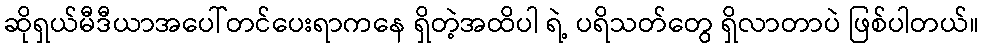
ဆိုရှယ်မီဒီယာအပေါ်တင်ပေးရာကနေ ရှိတဲ့အထိပါ ရဲ့ ပရိသတ်တွေ ရှိလာတာပဲ ဖြစ်ပါတယ်။